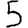
Digit: 5